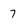
Character: 7